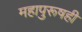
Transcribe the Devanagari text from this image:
महापुरूषही